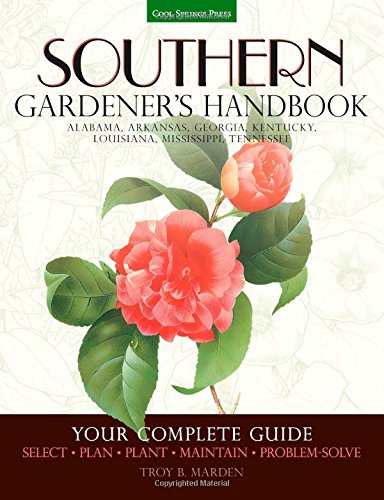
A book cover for Southern Gardener's Handbook: Your Complete Guide: Select, Plan, Plant, Maintain, Problem-Solve - Alabama, Arkansas, Georgia, Kentucky, Louisiana, Mississippi, Tennessee; Troy B. Marden; Crafts, Hobbies & Home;